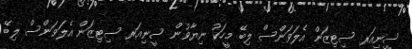
ސީނިއަރ ސިޓިޒަން އެލަވަންސް ލިބޭ މީހަކު ނިޔާވުން ސީނިއަރ ސިޓިޒަން އެލަވަންސް ލިބޭ